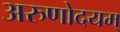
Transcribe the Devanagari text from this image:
अरुणोदयम्